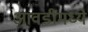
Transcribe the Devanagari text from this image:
आवडींमध्ये